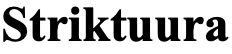
Striktuura